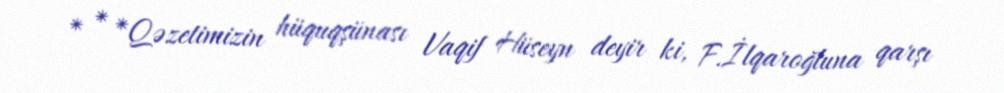
* * *Qəzetimizin hüquqşünası Vaqif Hüseyn deyir ki, F.İlqaroğluna qarşı